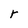
Character: r